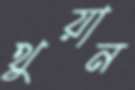
থুয়ান